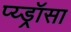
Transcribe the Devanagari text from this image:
प्य्ड्रॉसा